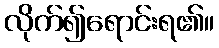
လိုက်၍ရောင်းရ၏။